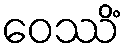
ဝေဿိံ